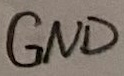
Text: GND